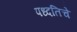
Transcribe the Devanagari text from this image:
पध्दतिचे